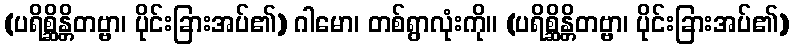
(ပရိစ္ဆိန္တိတဗ္ဗာ၊ ပိုင်းခြားအပ်၏) ဂါမော၊ တစ်ရွာလုံးကို။ (ပရိစ္ဆိန္တိတဗ္ဗာ၊ ပိုင်းခြားအပ်၏)